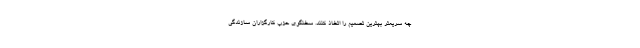
چه سریعتر بهترین تصمیم را اتخاذ کنند. سخنگوی حزب کارگزاران سازندگی